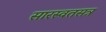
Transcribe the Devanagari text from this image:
सारस्वतसत्र